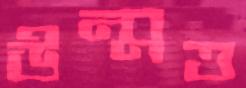
উন্মত্ত